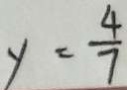
y = \frac { 4 } { 7 }